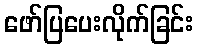
ဖော်ပြပေးလိုက်ခြင်း